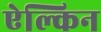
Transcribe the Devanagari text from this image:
ऐल्किन